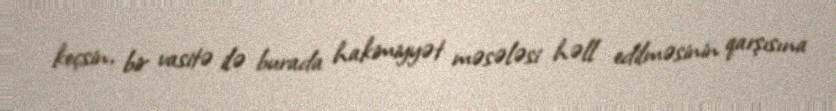
keçsin, bir vasitə ilə burada hakimiyyət məsələsi həll edilməsinin qarşısına